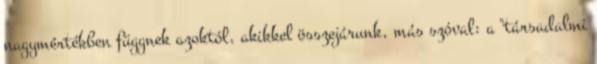
nagymértékben függnek azoktól, akikkel összejárunk, más szóval: a "társadalmi